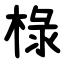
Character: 椂